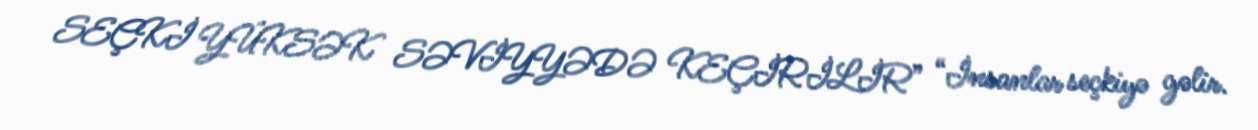
SEÇKİ YÜKSƏK SƏVİYYƏDƏ KEÇİRİLİR” “İnsanlar seçkiyə gəlir.